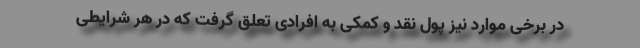
در برخی موارد نیز پول نقد و کمکی به افرادی تعلق گرفت که در هر شرایطی